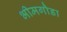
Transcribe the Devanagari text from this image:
भीमगौडा